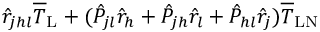
\hat { r } _ { j h l } \overline { { T } } _ { \mathrm { L } } + ( \hat { P } _ { j l } \hat { r } _ { h } + \hat { P } _ { j h } \hat { r } _ { l } + \hat { P } _ { h l } \hat { r } _ { j } ) \overline { { T } } _ { \mathrm { L N } }